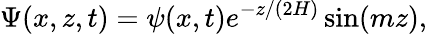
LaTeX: \Psi(x,z,t)=\psi(x,t)e^{-z/(2H)}\sin(mz),